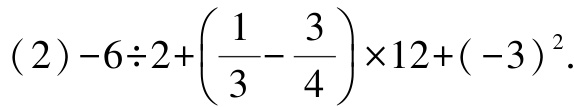
(2) \(-6\div2 + \left(\dfrac{1}{3} - \dfrac{3}{4}\right)\times12 + (-3)^2\)